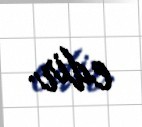
edir.